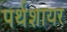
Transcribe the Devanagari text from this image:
पर्थशायर